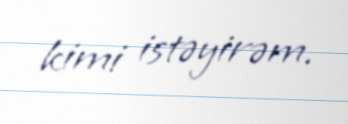
kimi istəyirəm.